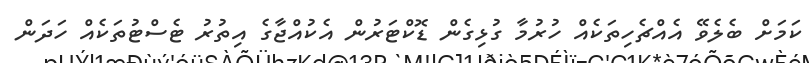
ކަމަށް ބެލެވޭ އެއްޗެހިތަކެއް ހުރުމާ ގުޅިގެން ޑޮކްޓަރުން އެކުއްޖާގެ އިތުރު ޓެސްޓުތަކެއް ހަދަން